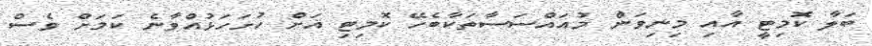
ބަލާ ކޮމިޓީ އާއި މިނިވަން މުއައްސަސާތަކާބެހޭ ކޮމިޓި އަށް ހުށަހަޅުއްވާނެ ކަމަށް ވެސް